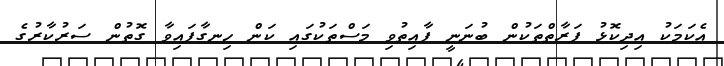
އެކަމަކު އިދިކޮޅު ފަރާތްތަކުން ބުނަނީ ފާއިތުވި މަސްތަކުގައި ކަން ހިނގާފައިވާ ގޮތުން ސަރުކާރުގެ